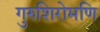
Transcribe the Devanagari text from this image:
गुरुशिरोमणि